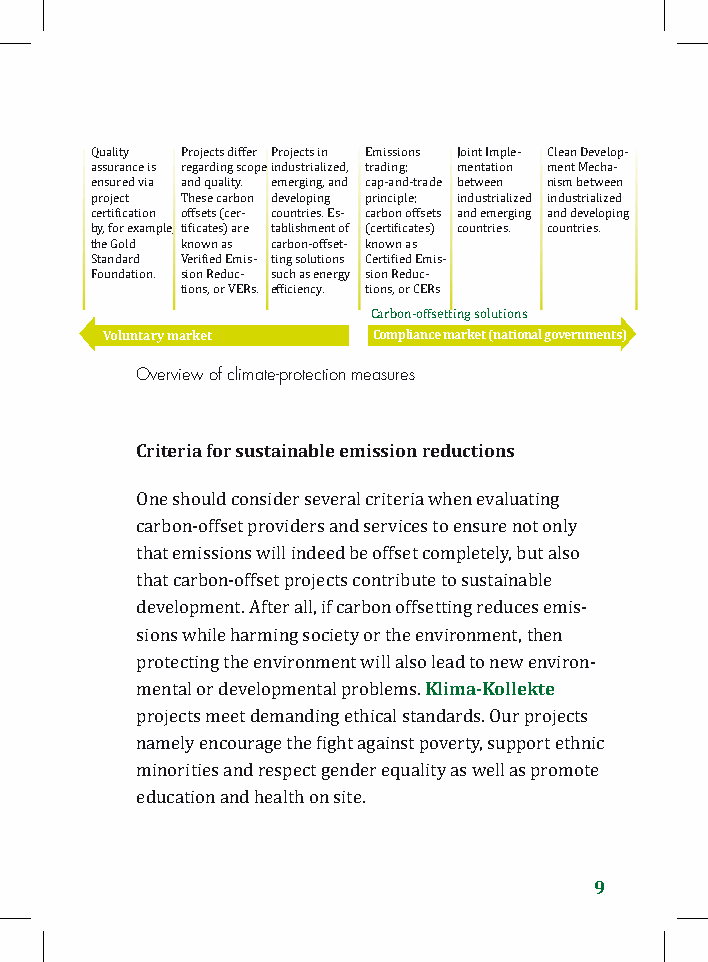
Quality Projects differ Projects in Emissions Joint Imple- Clean Develop-
 assurance is regarding scope industrialized, trading; mentation ment Mecha-
 ensured via and quality. emerging, and cap-and-trade between nism between
 project These carbon developing principle; industrialized industrialized
 certification offsets (cer- countries. Es- carbon offsets and emerging and developing
 by, for example, tificates) are tablishment of (certificates) countries. countries.
 the Gold known as carbon-offset- known as
 Standard Verified Emis- ting solutions Certified Emis-
 Foundation. sion Reduc- such as energy sion Reduc-
 tions, or VERs. efficiency. tions, or CERs
 Voluntary market  Compliance market (national governments)
 Carbon-offsetting solutions
 Overview of climate-protection measures
 Criteria for sustainable emission reductions
 One should consider several criteria when evaluating
 carbon-offset providers and services to ensure not only
 that emissions will indeed be offset completely, but also
 that carbon-offset projects contribute to sustainable
 development. After all, if carbon offsetting reduces emis-
 sions while harming society or the environment, then
 Klima-Kollekte
 protecting the environment will also lead to new environ-
 mental or developmental problems.
 projects meet demanding ethical standards. Our projects
 namely encourage the fight against poverty, support ethnic
 minorities and respect gender equality as well as promote
 education and health on site.
 9